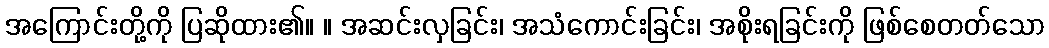
အကြောင်းတို့ကို ပြဆိုထား၏။ ။ အဆင်းလှခြင်း၊ အသံကောင်းခြင်း၊ အစိုးရခြင်းကို ဖြစ်စေတတ်သော